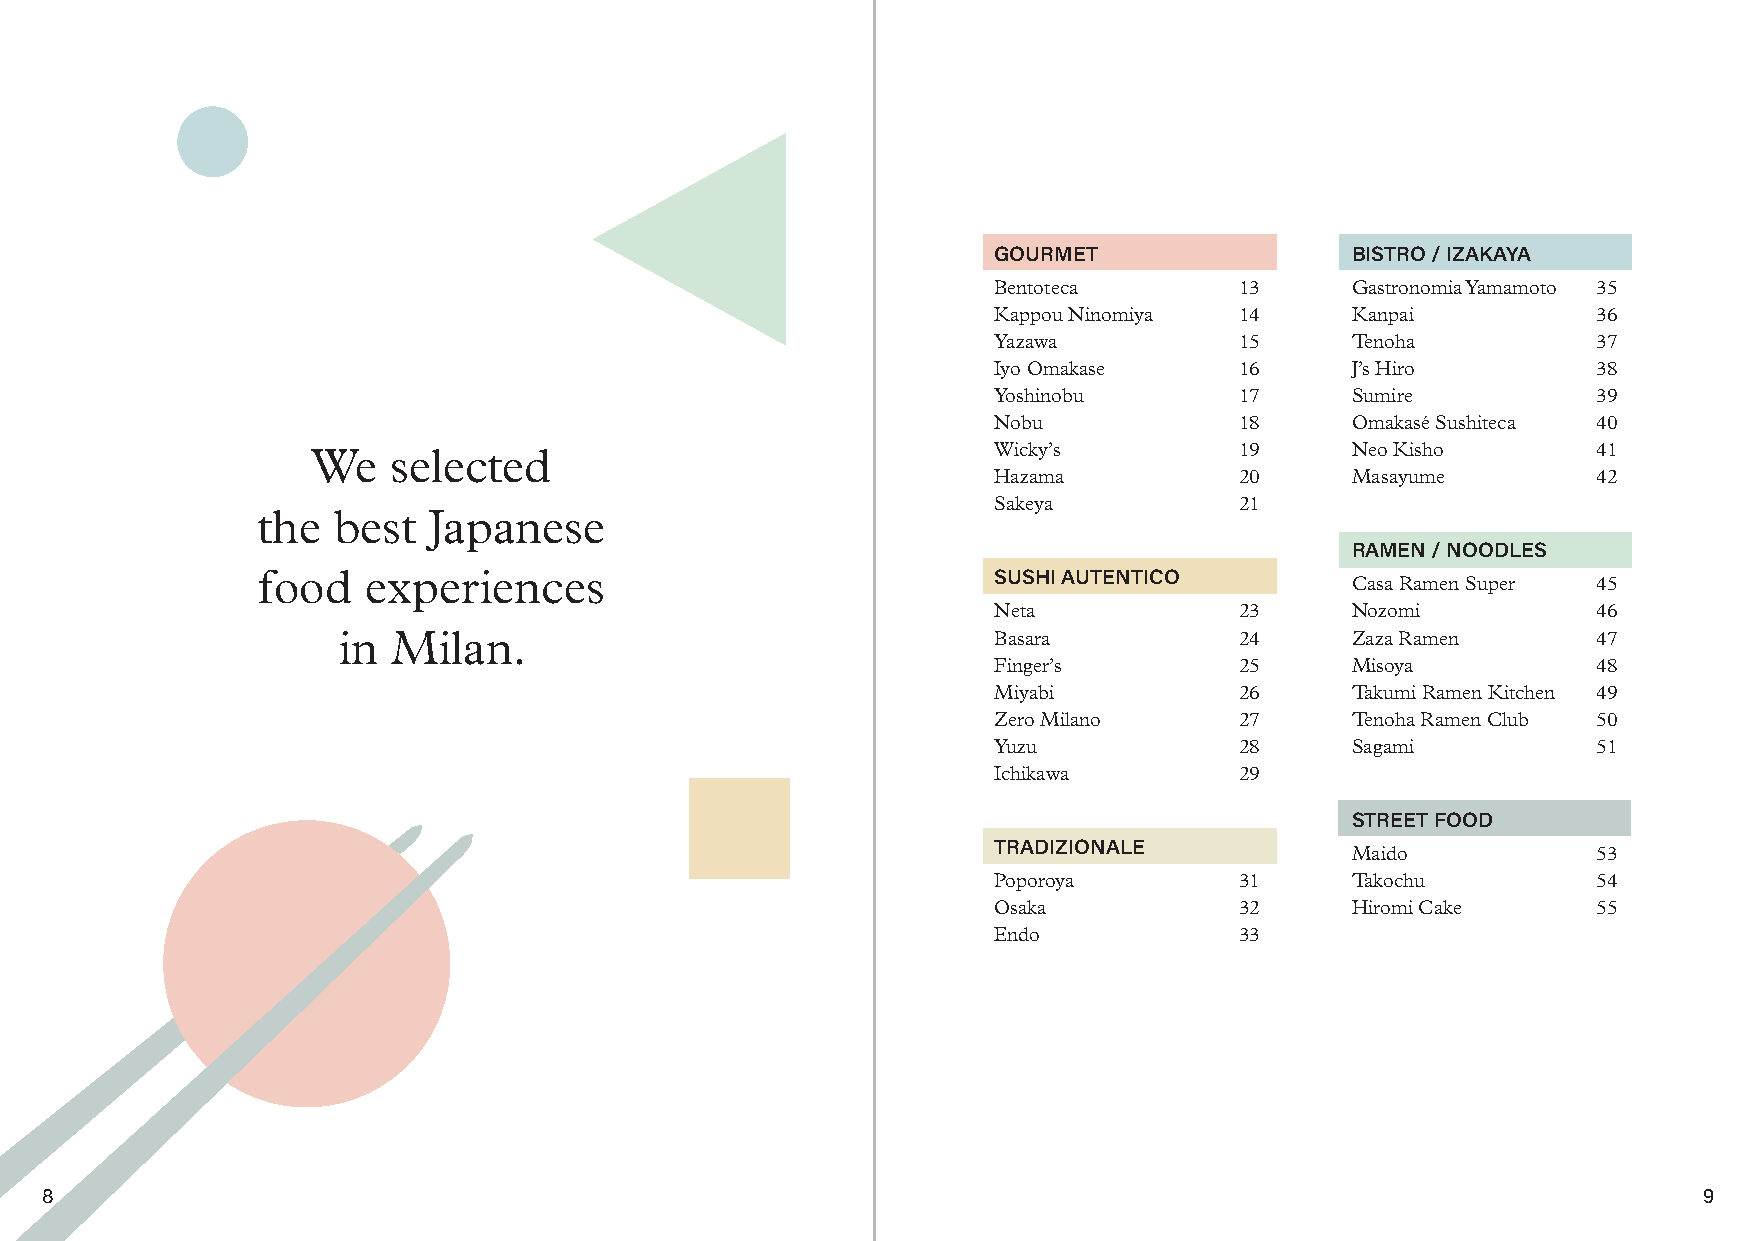
GOURMET                BISTRO / IZAKAYA
 Bentoteca       13     Gastronomia Yamamoto 35
 Kappou Ninomiya 14     Kanpai           36
 Yazawa          15     Tenoha           37
 Iyo Omakase     16     J’s Hiro         38
 Yoshinobu       17     Sumire           39
 Nobu            18     Omakasé Sushiteca 40
 We   selected                                Wicky’s         19     Neo Kisho        41
 Hazama          20     Masayume         42
 Sakeya          21
 the  best  Japanese
 RAMEN / NOODLES
 food   experiences                               SUSHI AUTENTICO
 Casa Ramen Super 45
 Neta            23     Nozomi           46
 in  Milan.                                  Basara          24     Zaza Ramen       47
 Finger’s        25     Misoya           48
 Miyabi          26     Takumi Ramen Kitchen 49
 Zero Milano     27     Tenoha Ramen Club 50
 Yuzu            28     Sagami           51
 Ichikawa        29
 STREET FOOD
 TRADIZIONALE
 Maido            53
 Poporoya        31     Takochu          54
 Osaka           32     Hiromi Cake      55
 Endo            33
 8                                                                                                             9